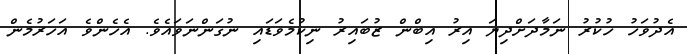
އެދުވަހު ހުކުރު ނަމާދަށްދިޔަ އިރު އިބްން ޒުބައިރު ނިކުމެވަޑައި ނުގަންނަވައެވެ. އެހެންވެ އަހަރުމެން